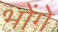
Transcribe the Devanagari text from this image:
भोंगे